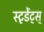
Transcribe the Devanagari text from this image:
स्टृडेंट्स्